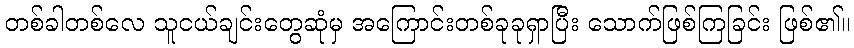
တစ်ခါတစ်လေ သူငယ်ချင်းတွေဆုံမှ အကြောင်းတစ်ခုခုရှာပြီး သောက်ဖြစ်ကြခြင်း ဖြစ်၏။